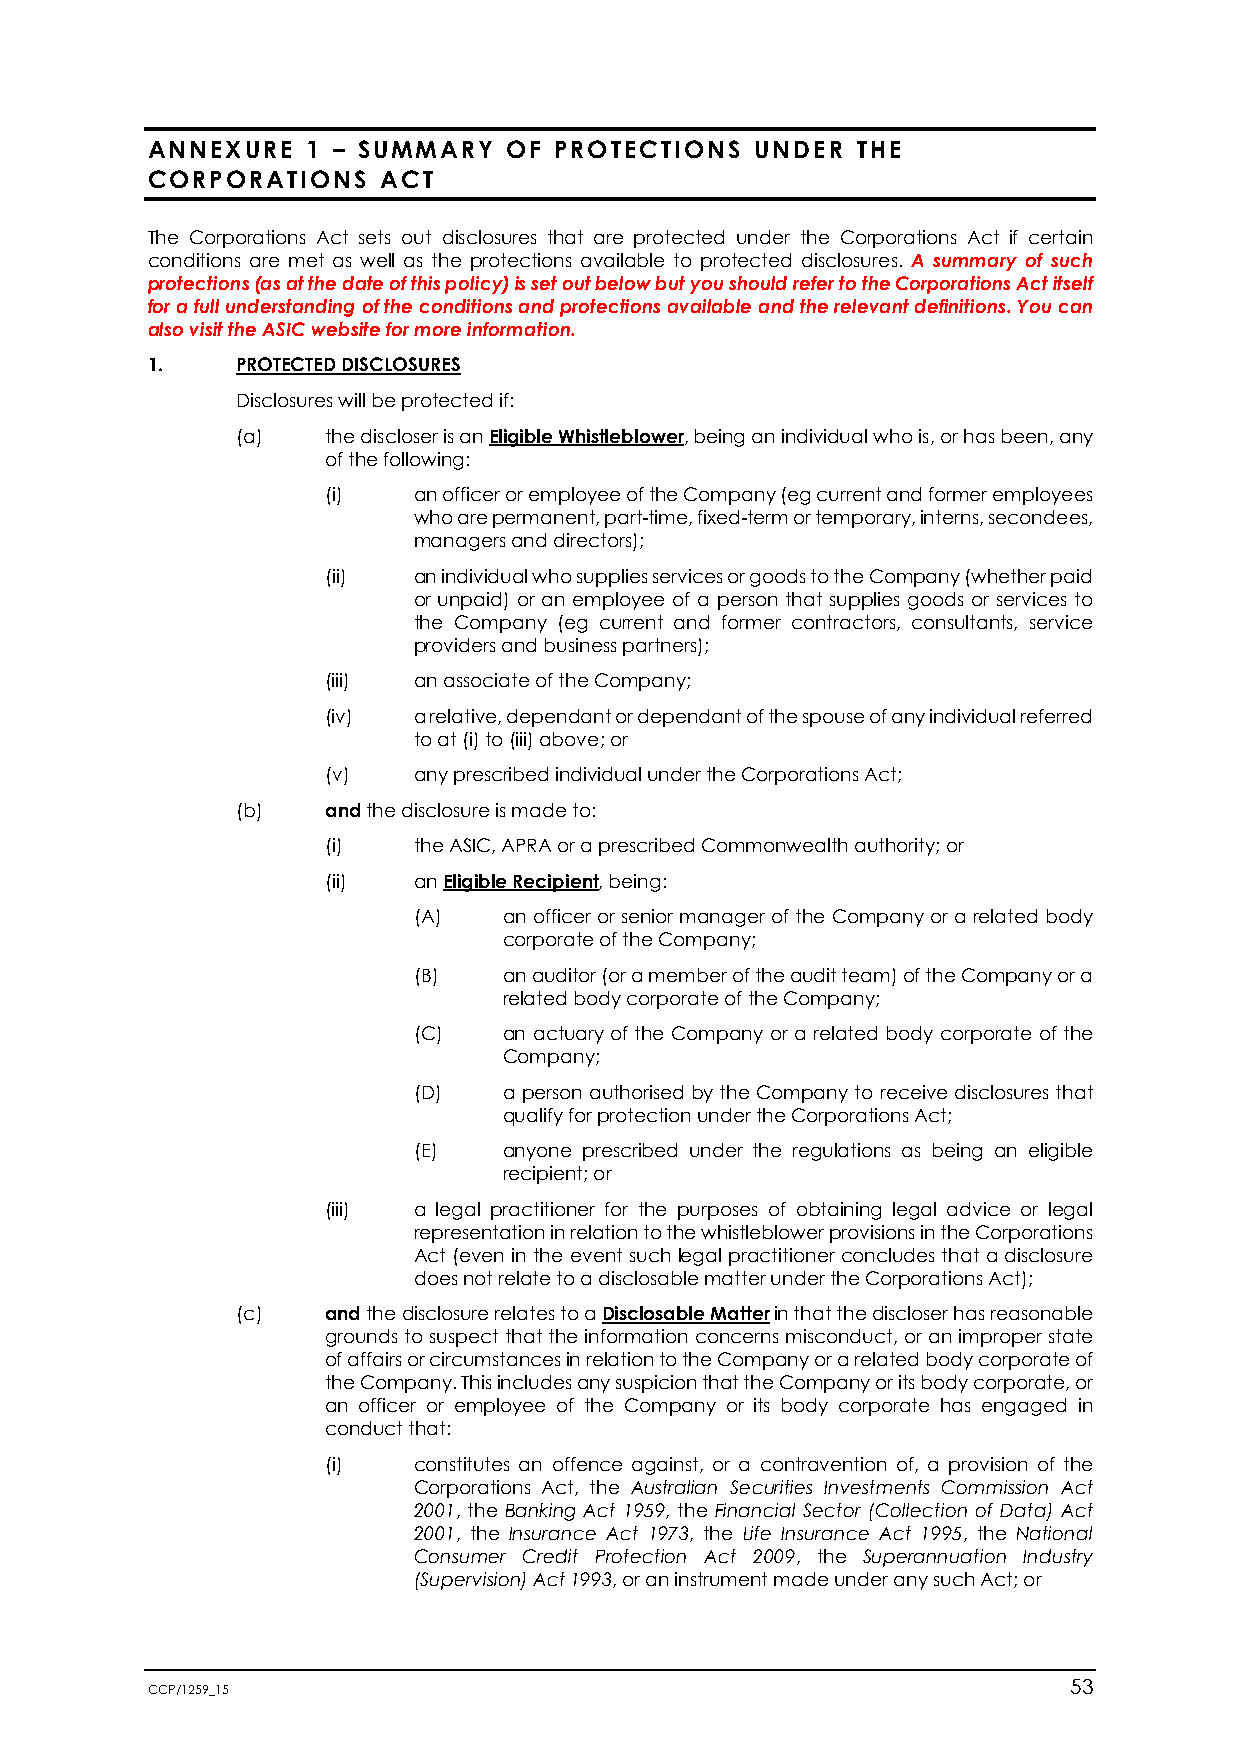
ANNEXURE  1 – SUMMARY   OF PROTECTIONS  UNDER  THE
 CORPORATIONS   ACT
 The Corporations Act sets out disclosures that are protected under the Corporations Act if certain
 conditions are met as well as the protections available to protected disclosures. A summary of such
 protections (as at the date of this policy) is set out below but you should refer to the Corporations Act itself
 for a full understanding of the conditions and protections available and the relevant definitions. You can
 also visit the ASIC website for more information.
 1.    PROTECTED DISCLOSURES
 Disclosures will be protected if:
 (a)   the discloser is an Eligible Whistleblower, being an individual who is, or has been, any
 of the following:
 (i)  an officer or employee of the Company (eg current and former employees
 who are permanent, part-time, fixed-term or temporary, interns, secondees,
 managers and directors);
 (ii) an individual who supplies services or goods to the Company (whether paid
 or unpaid) or an employee of a person that supplies goods or services to
 the Company (eg current and former contractors, consultants, service
 providers and business partners);
 (iii) an associate of the Company;
 (iv) a relative, dependant or dependant of the spouse of any individual referred
 to at (i) to (iii) above; or
 (v)  any prescribed individual under the Corporations Act;
 (b)   and the disclosure is made to:
 (i)  the ASIC, APRA or a prescribed Commonwealth authority; or
 (ii) an Eligible Recipient, being:
 (A)   an officer or senior manager of the Company or a related body
 corporate of the Company;
 (B)   an auditor (or a member of the audit team) of the Company or a
 related body corporate of the Company;
 (C)   an actuary of the Company or a related body corporate of the
 Company;
 (D)   a person authorised by the Company to receive disclosures that
 qualify for protection under the Corporations Act;
 (E)   anyone prescribed under the regulations as being an eligible
 recipient; or
 (iii) a legal practitioner for the purposes of obtaining legal advice or legal
 representation in relation to the whistleblower provisions in the Corporations
 Act (even in the event such legal practitioner concludes that a disclosure
 does not relate to a disclosable matter under the Corporations Act);
 (c)   and the disclosure relates to a Disclosable Matter in that the discloser has reasonable
 grounds to suspect that the information concerns misconduct, or an improper state
 of affairs or circumstances in relation to the Company or a related body corporate of
 the Company. This includes any suspicion that the Company or its body corporate, or
 an officer or employee of the Company or its body corporate has engaged in
 conduct that:
 (i)  constitutes an offence against, or a contravention of, a provision of the
 Corporations Act, the Australian Securities Investments Commission Act
 2001, the Banking Act 1959, the Financial Sector (Collection of Data) Act
 2001, the Insurance Act 1973, the Life Insurance Act 1995, the National
 Consumer Credit Protection Act 2009, the Superannuation Industry
 (Supervision) Act 1993, or an instrument made under any such Act; or
 CCP/1259_15                                                  53